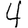
Digit: 4